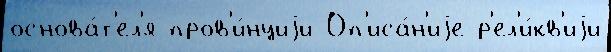
основа́т'ел'я пров'и́нциjи Оп'иса́н'иjе р'ел'и́кв'иjи